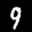
Label: 9